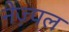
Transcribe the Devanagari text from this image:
नेज़्पल